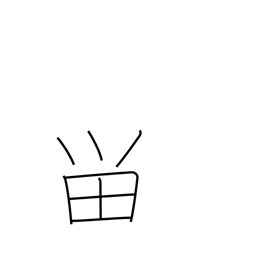
Meaning: halt